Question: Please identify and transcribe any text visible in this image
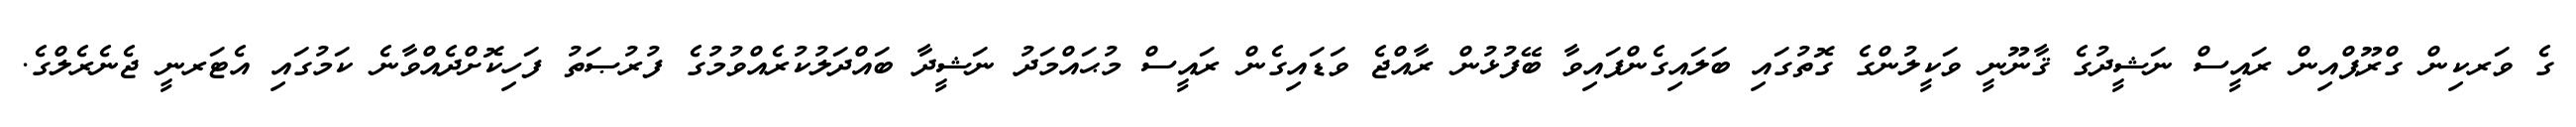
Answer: ގެ ވަރކިން ގްރޫޕްއިން ރައީސް ނަޝީދުގެ ޤާނޫނީ ވަކީލުންގެ ގޮތުގައި ބަލައިގެންފައިވާ ބޭފުޅުން ރާއްޖެ ވަޑައިގެން ރައީސް މުޙައްމަދު ނަޝީދާ ބައްދަލުކުރެއްވުމުގެ ފުރުޞަތު ފަހިކޮށްދެއްވާނެ ކަމުގައި އެޓަރނީ ޖެނެރެލްގެ.